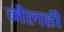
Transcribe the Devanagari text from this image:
मैलही